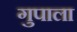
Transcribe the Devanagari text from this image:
गुपाला